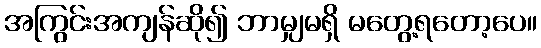
အကြွင်းအကျန်ဆို၍ ဘာမျှမရှိ မတွေ့ရတော့ပေ။